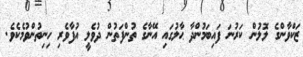
ޒަކްވާންގެ ލޮލުން ކަރުނަ ފައިބަމުންދާ ޙާލުގައި އޭނާގެ ތުންފަތުން ދުވެލީ އުފާވެރި ހިނިތުންވުމެކެވެ.